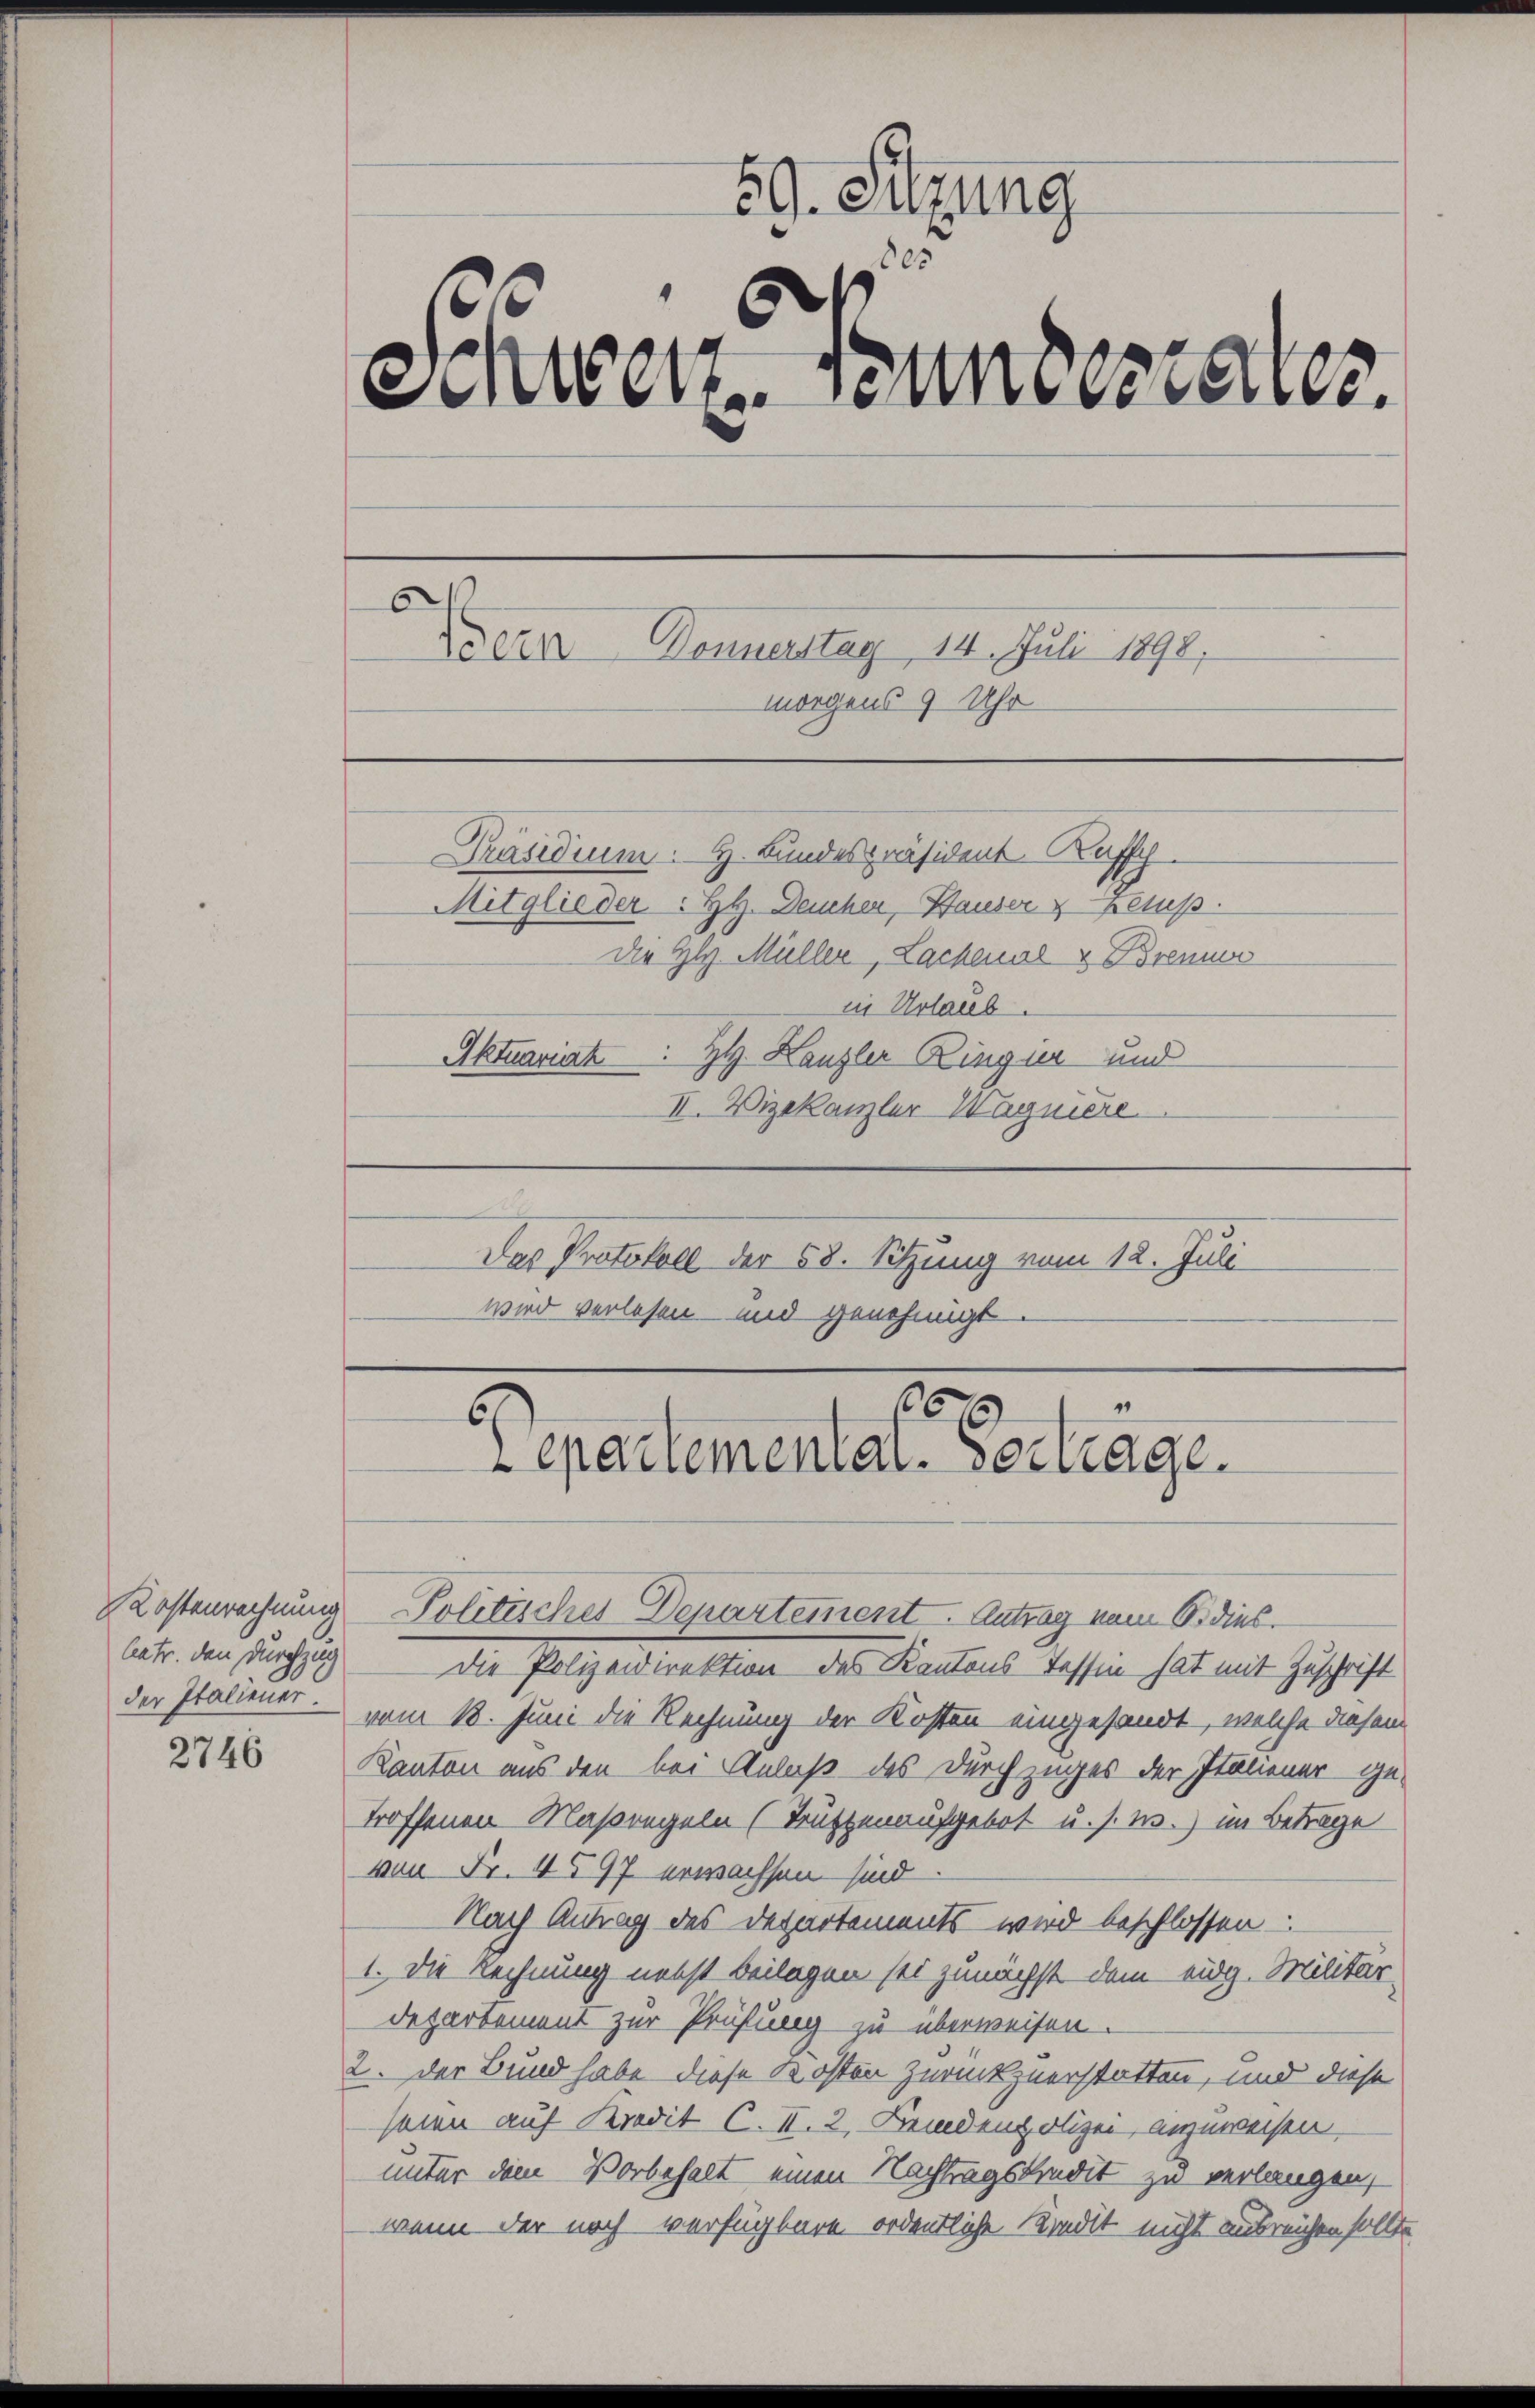
2746

59. Sitzung
des
Schwere Bundesrates.
6
Adern Donnerstag 14. Juli 1898,
morgens 9 Uhr

Präsidium. H. Bundespräsident Ruffy
Mitglieder: HH. Deucher, Hauser Zemp
Die H. Müller, Lachenal & Brenne
in Urlaub.
Aktuariat : H. Kanzler Ringier und
II. Vizekanzler Wagniere
.
Das Protokoll der 58. Sitzung vom 12. Juli
wird verlesen und genehmigt.

s

s
153
6
epartementat. Sociage.

Kostenrechnung Politisches Departement. Antrag vom 6. dies
betr. den durchzug die Polizeidirektion des Kantons Tessin hat mit Zuschrift
der Italiener - vom 18. Juni die Rechnung der Kosten eingesandt, welche diesem
Kanton aus den bei Anlaß des durchzuges der Italiener ge-
troffenen Massregeln (Trützenaufgebot u. s. w.) im Betrage
von Fr. 4597 erwachsen sind
Nach Antrag des Departements wird beschlossen
1. Die Rechnung nebst beilagen sei zunächst dem eidg. Militär-
Departement zur Prüfung zu überweisen.
2. Der Bund habe diese Kosten zurückzuerstatten, und diese
seien auf Kredit C. II. 2. Beidenpolizei, anzuweisen.
unter dem Vorbehalt einen Nachtragskredit zu verlangen,
wenn der noch verfügbare ordentliche Kredit nicht ausreichen sollte